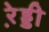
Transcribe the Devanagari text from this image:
रे़ड्डी